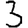
Digit: 3